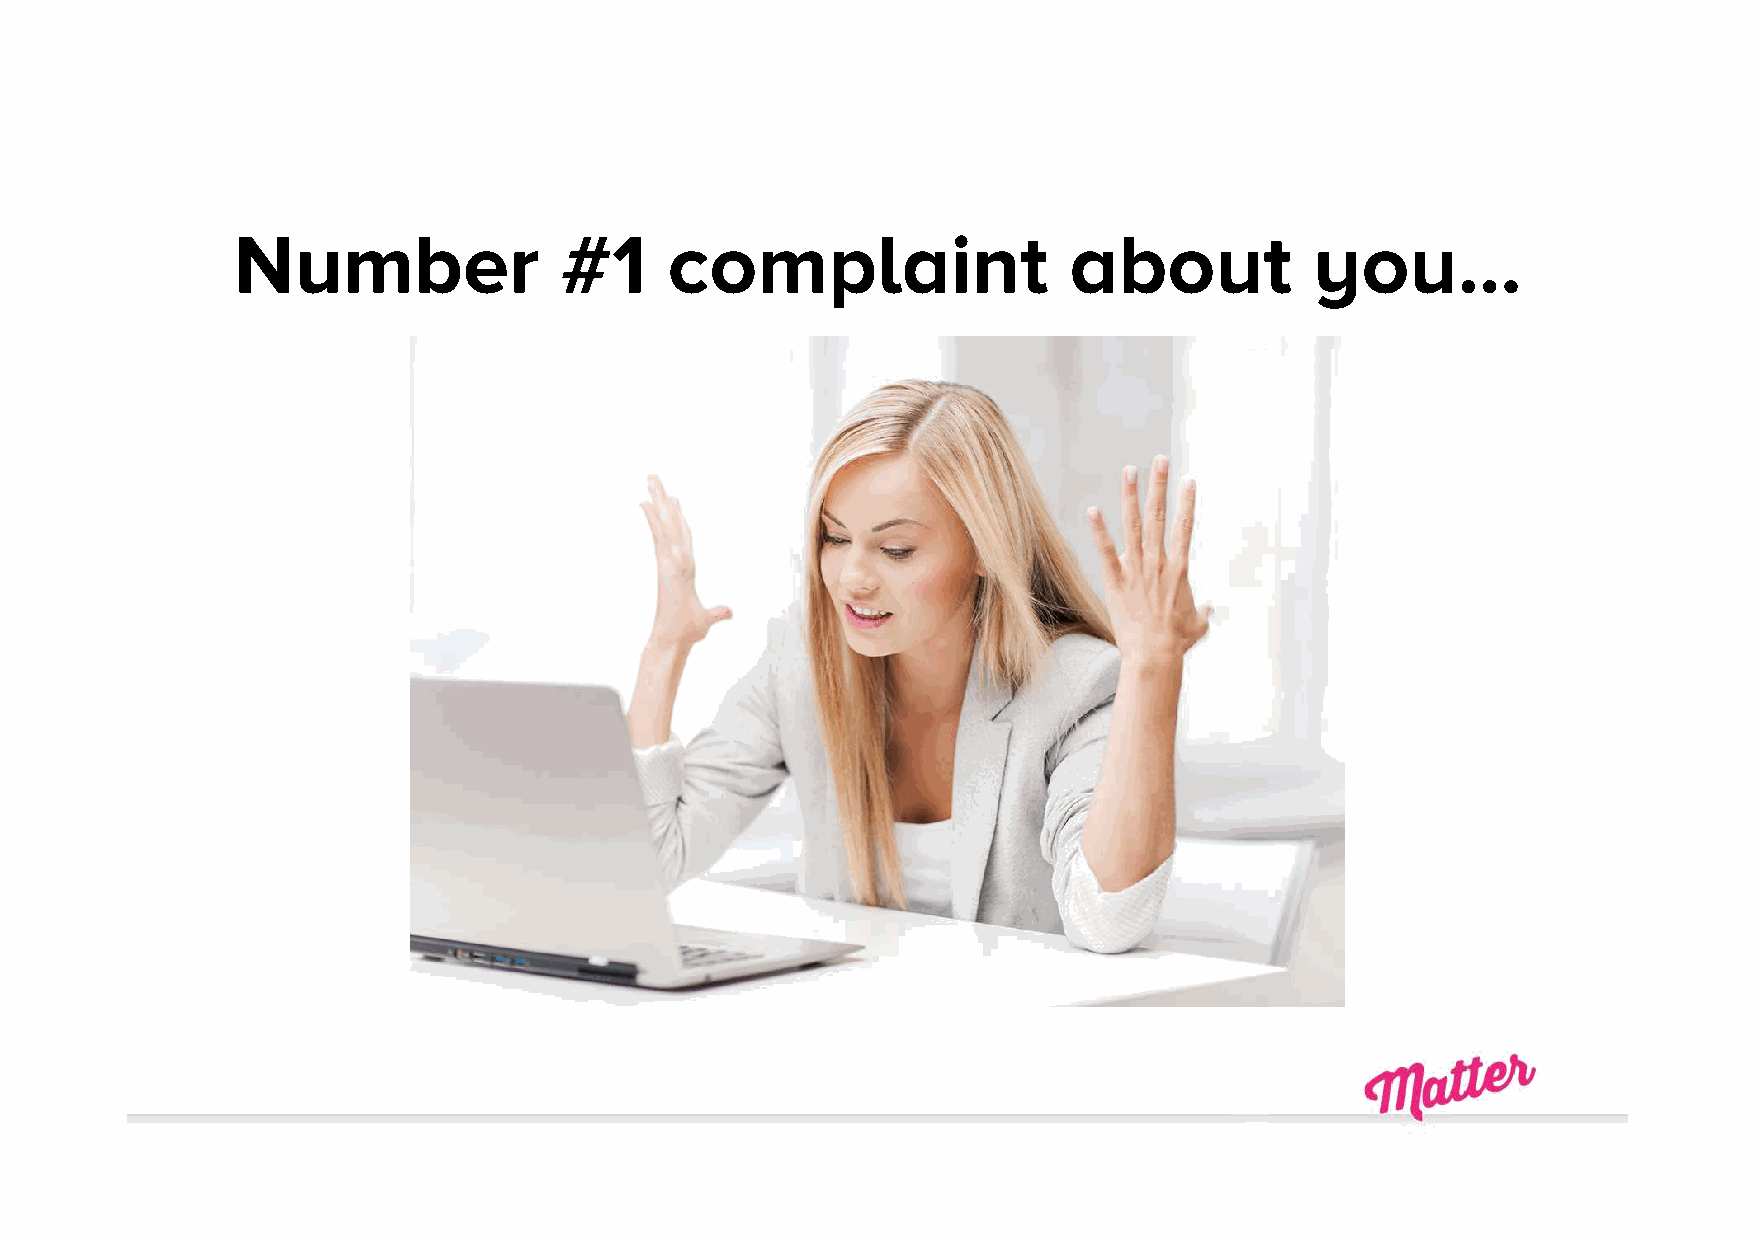
Number                #1     complaint                  about           you…